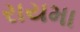
રાયમા